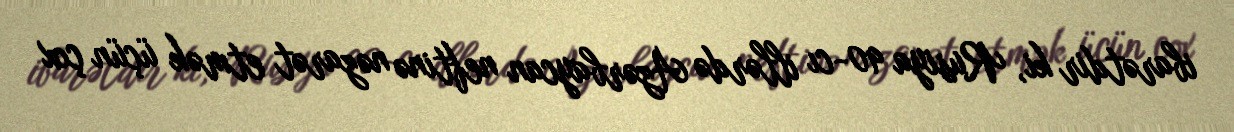
ibarətdir ki, Rusiya 90-cı illərdə Azərbaycan neftinə nəzarət etmək üçün çox